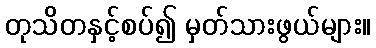
တုသိတနှင့်စပ်၍ မှတ်သားဖွယ်များ။